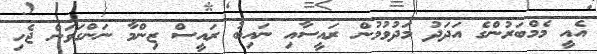
އެއީ މެމްބަރުންގެ އަދަދު މަދުވުމުން ރައީސާއި ނައިބު ރައީސް ޒިންމާ ނަންގަވަން ޖެހި